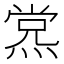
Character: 𰟊